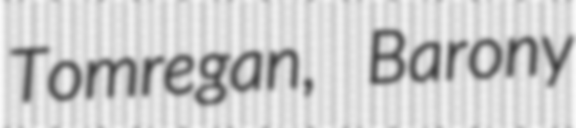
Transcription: Tomregan, Barony